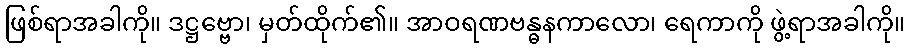
ဖြစ်ရာအခါကို။ ဒဋ္ဌဗ္ဗော၊ မှတ်ထိုက်၏။ အာဝရဏဗန္ဓနကာလော၊ ရေကာကို ဖွဲ့ရာအခါကို။